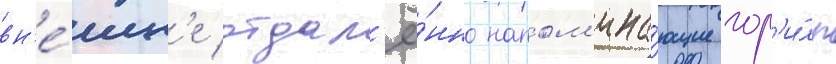
вн'е́шн'е отдал'ё́нно напом'ина́ющие гор'и́лл